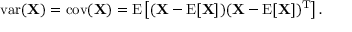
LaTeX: \operatorname { v a r } ( \mathbf { X } ) = \operatorname { c o v } ( \mathbf { X } ) = \operatorname { E } \left[ ( \mathbf { X } - \operatorname { E } [ \mathbf { X } ] ) ( \mathbf { X } - \operatorname { E } [ \mathbf { X } ] ) ^ { \mathrm { { T } } } \right] .